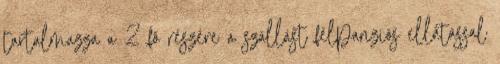
tartalmazza a 2 fõ részére a szállást félpanziós ellátással